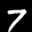
Label: 7